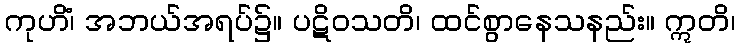
ကုဟိံ၊ အဘယ်အရပ်၌။ ပဋိဝသတိ၊ ထင်စွာနေသနည်း။ ဣတိ၊